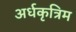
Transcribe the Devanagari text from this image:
अर्धकृत्रिम